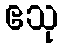
ဧသု